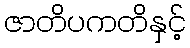
ဇာတိပကတိနှင့်